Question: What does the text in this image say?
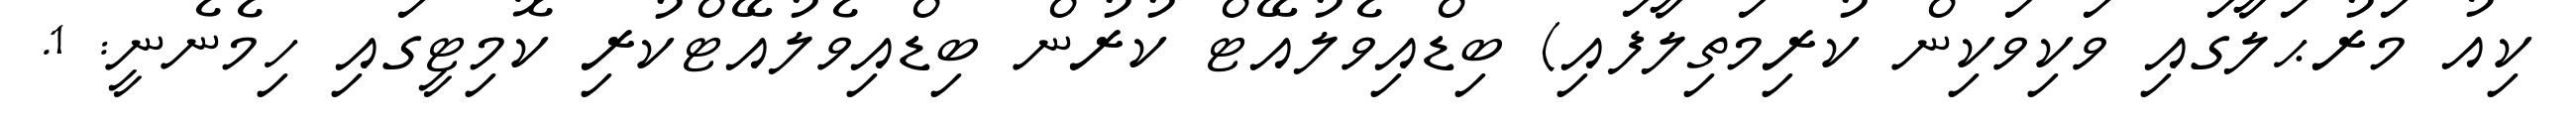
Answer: ކިއު މަރުޙަލާގައި ވަކިވަކިން ކުރިމަތިލާފައި) ބިޑްއިވެލުއޭޓް ކުރުން ބިޑްއިވެލުއޭޓްކުރި ކޮމިޓީގައި ހިމެނެނީ: 1.